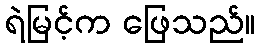
ရဲမြင့်က ဖြေသည်။